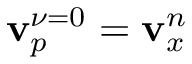
\mathbf { v } _ { p } ^ { \nu = 0 } = \mathbf { v } _ { x } ^ { n }